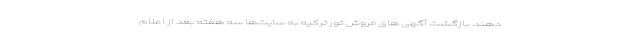
دهند. بازگشت آگهی‌ های فروش تور ترکیه به سایت‌ها سه هفته بعد از اعلام